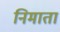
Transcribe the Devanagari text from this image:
निमाता